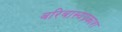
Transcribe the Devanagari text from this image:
बरिबास्यप्रकाश